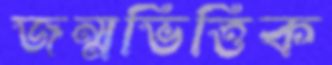
জন্মভিত্তিক